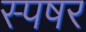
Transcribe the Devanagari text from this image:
स्पषर